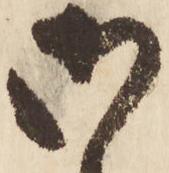
御